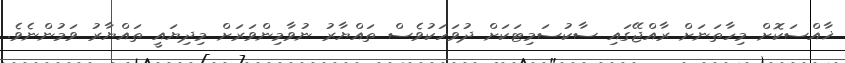
ޚާއްސަކޮށް މިހާތަނަށް ރާއްޖޭގައި ސާކުސަމިޓަކަށް ދުވަހަކުވެސް ތައްޔާރު ނުވާމިންވަރަށް މިދިޔައީ ތައްޔާރު ވަމުންނެވެ.